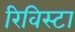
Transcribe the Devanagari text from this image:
रिविस्टा